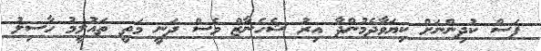
ފަސް ކުދިންނަށް ކިޔަވާދެމުންދާ އިރު ޝެހެނާޒް ވެސް ދަނީ މަތީ ތައުލީމު ހާސިލު